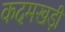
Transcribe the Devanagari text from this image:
कदमखड़ी